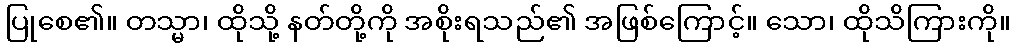
ပြုစေ၏။ တသ္မာ၊ ထိုသို့ နတ်တို့ကို အစိုးရသည်၏ အဖြစ်ကြောင့်။ သော၊ ထိုသိကြားကို။